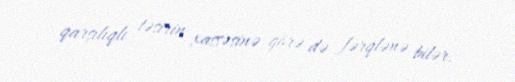
qarşılıqlı təsirin xassəsinə görə də fərqlənə bilər.